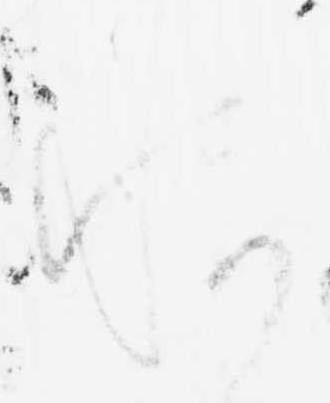
悦